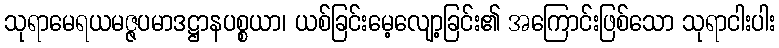
သုရာမေရယမဇ္ဇပမာဒဋ္ဌာနပစ္စယာ၊ ယစ်ခြင်းမေ့လျော့ခြင်း၏ အကြောင်းဖြစ်သော သုရာငါးပါး